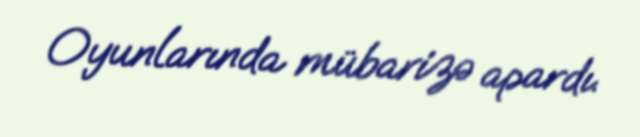
Oyunlarında mübarizə apardı.